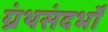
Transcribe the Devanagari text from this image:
ग्रंथसंदर्भों